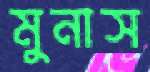
মুনাস